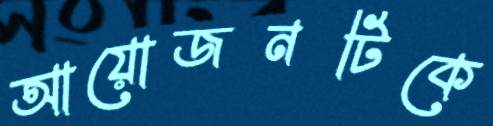
আয়োজনটিকে